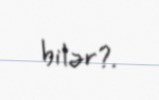
bilər?.